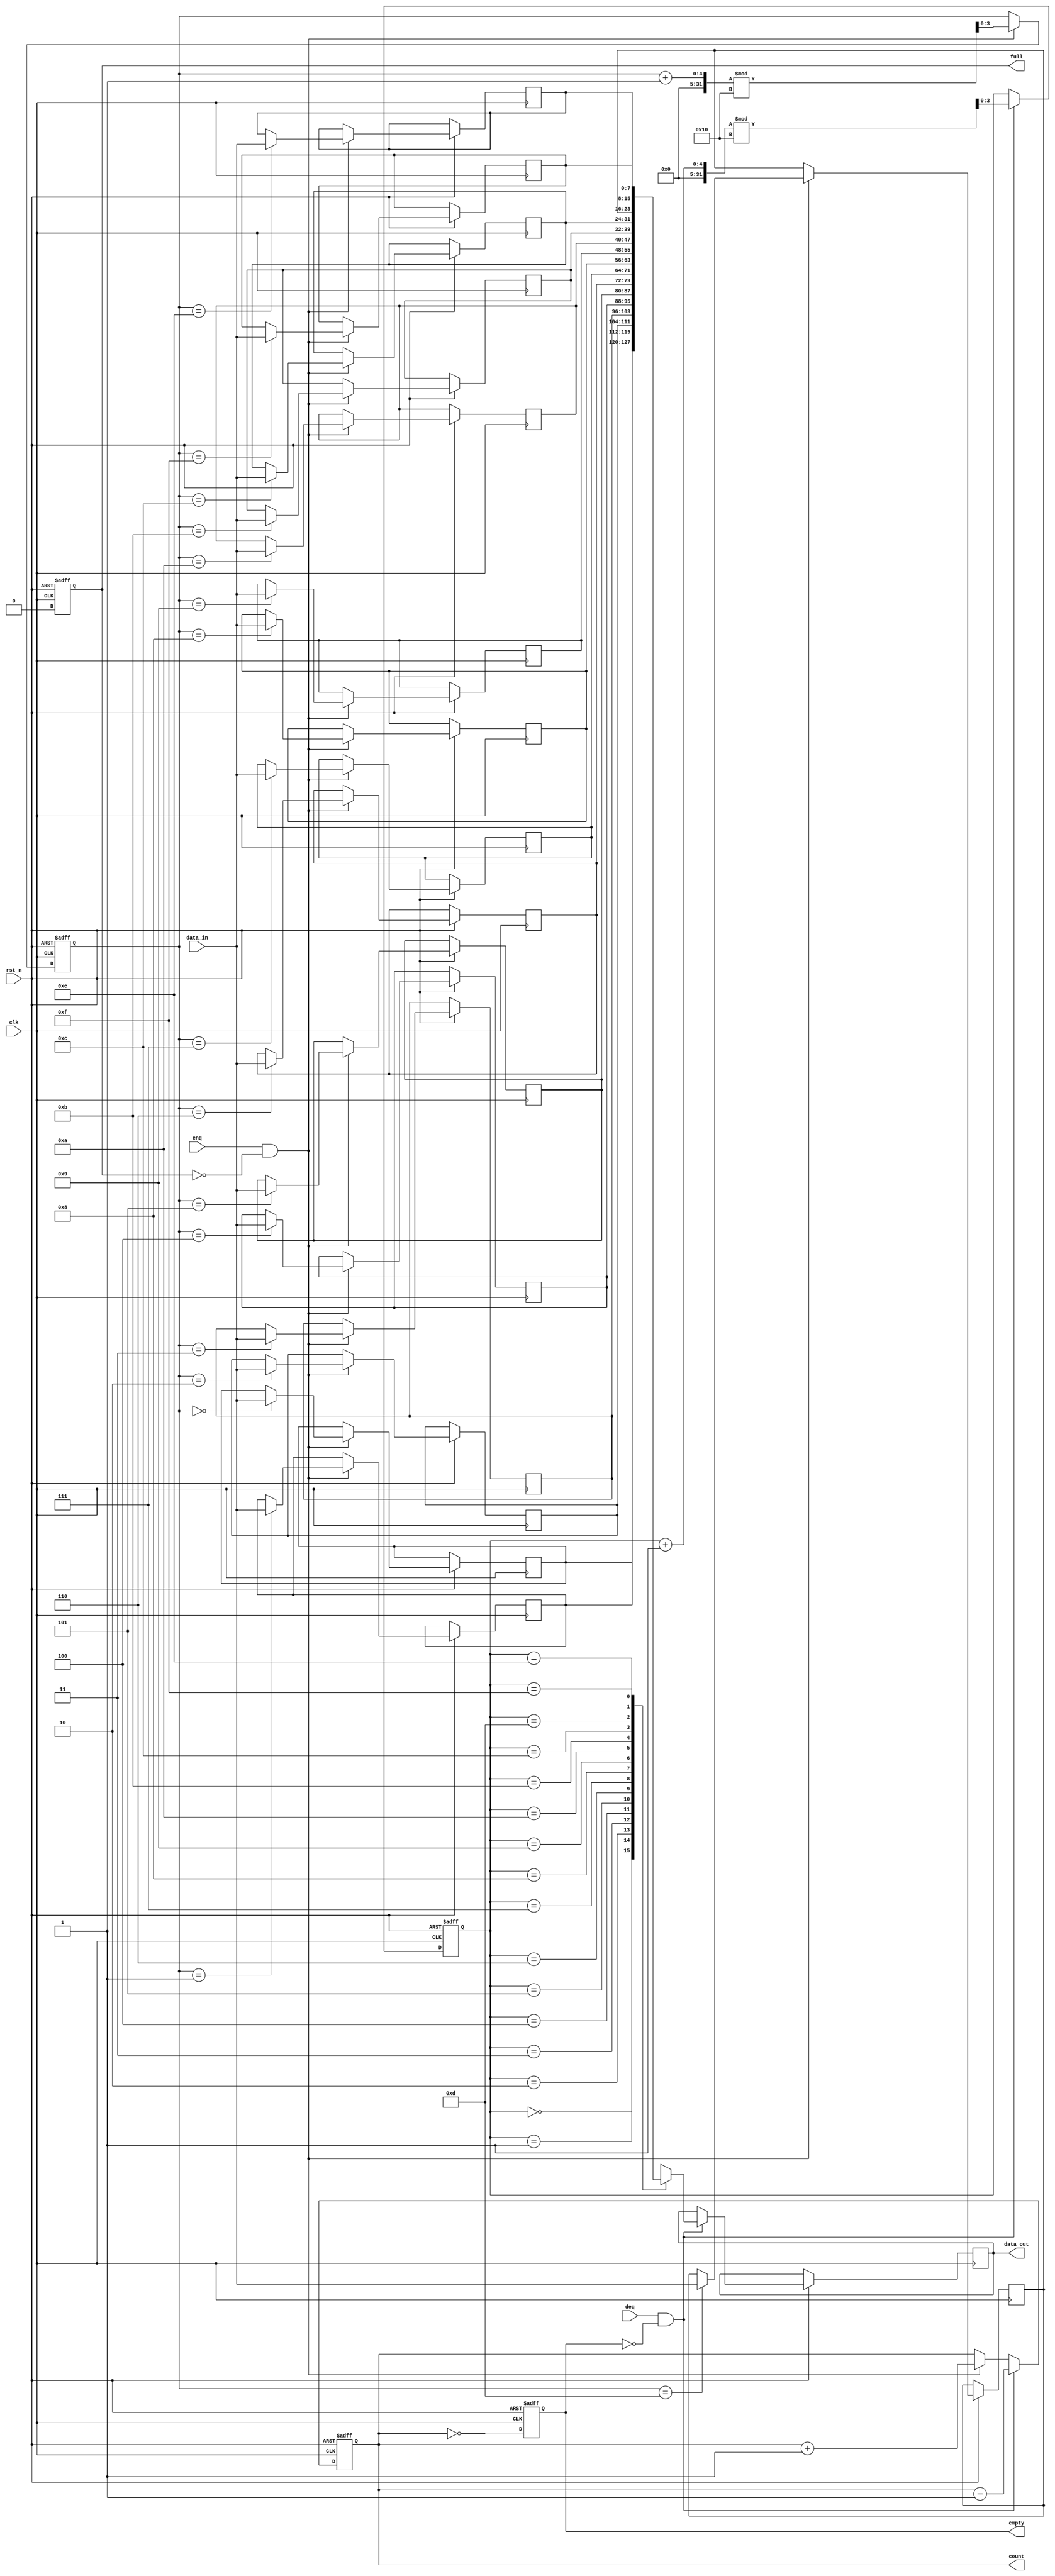
module parameterized_fifo #(
    parameter DATA_WIDTH = 8,       // Width of each data entry
    parameter FIFO_DEPTH = 16        // Total number of entries in the FIFO
) (
    input wire clk,                  // Clock signal
    input wire rst_n,                // Asynchronous reset (active low)
    input wire enq,                  // Enqueue signal
    input wire deq,                  // Dequeue signal
    input wire [DATA_WIDTH-1:0] data_in,  // Data input for enqueue
    output reg [DATA_WIDTH-1:0] data_out, // Data output for dequeue
    output reg full,                 // FIFO full status
    output reg empty,                // FIFO empty status
    output reg [ADDR_WIDTH-1:0] count // Current number of items in the FIFO
);

    // Calculate address width based on FIFO depth
    localparam ADDR_WIDTH = $clog2(FIFO_DEPTH);
    
    reg [DATA_WIDTH-1:0] fifo_mem [0:FIFO_DEPTH-1]; // Memory array to hold data
    reg [ADDR_WIDTH-1:0] write_ptr, read_ptr;       // Pointers for writing and reading

    // Asynchronous reset and FIFO operation
    always @(posedge clk or negedge rst_n) begin
        if (!rst_n) begin
            // Reset logic
            write_ptr <= 0;
            read_ptr <= 0;
            count <= 0;
            full <= 0;
            empty <= 1;
        end else begin
            // Enqueue operation
            if (enq && !full) begin
                fifo_mem[write_ptr] <= data_in; // Write data to FIFO
                write_ptr <= (write_ptr + 1) % FIFO_DEPTH; // Increment and wrap write pointer
                count <= count + 1; // Increase count
            end

            // Dequeue operation
            if (deq && !empty) begin
                data_out <= fifo_mem[read_ptr]; // Read data from FIFO
                read_ptr <= (read_ptr + 1) % FIFO_DEPTH; // Increment and wrap read pointer
                count <= count - 1; // Decrease count
            end

            // Update status flags
            full <= (count == FIFO_DEPTH); // FIFO is full when count is equal to depth
            empty <= (count == 0);          // FIFO is empty when count is zero
        end
    end
endmodule